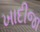
ખાદીજા